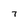
Character: 7